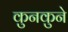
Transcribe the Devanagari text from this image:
कुनकुने